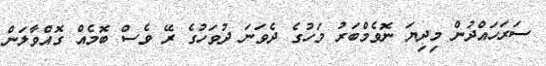
ސަރަހައްދުން މިދިޔަ ނޮވެމްބަރު މަހުގެ ދެވަނަ ދުވަހުގެ ރޭ ވެސް ބޮމެއް ގޮއްވާލަން